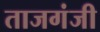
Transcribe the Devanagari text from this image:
ताजगंजी